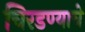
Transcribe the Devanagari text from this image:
चिरडण्‍याचे